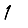
Digit: 1